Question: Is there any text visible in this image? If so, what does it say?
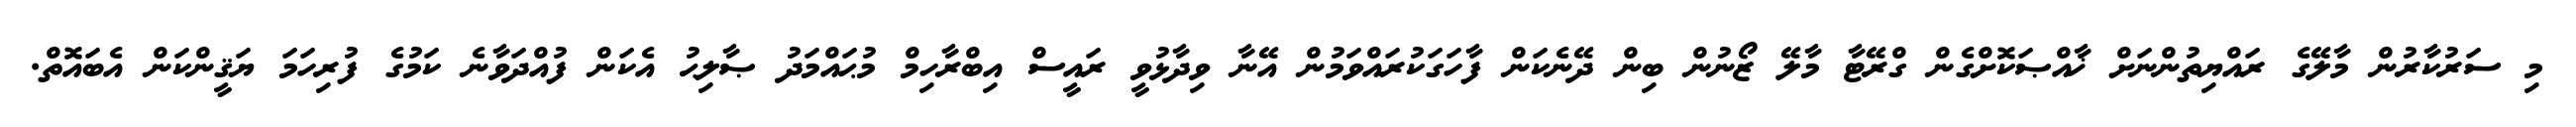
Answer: މި ސަރުކާރުން މާލޭގެ ރައްޔިތުންނަށް ޚާއްޞަކޮށްގެން ގްރޭޓާ މާލޭ ޒޯނުން ބިން ދޭނެކަން ފާހަގަކުރައްވަމުން އޭނާ ވިދާޅުވީ ރައީސް އިބްރާހިމް މުޙައްމަދު ޞާލިޙު އެކަން ފުއްދަވާނެ ކަމުގެ ފުރިހަމަ ޔަޤީންކަން އެބައޮތް.